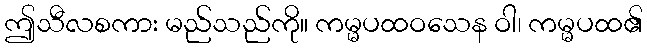
ဤသီလစကား မည်သည်ကို။ ကမ္မပထဝသေန ဝါ၊ ကမ္မပထ၏